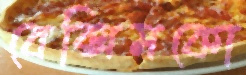
বেক্সিমকো